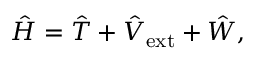
\hat { H } = \hat { T } + \hat { V } _ { \mathrm { e x t } } + \hat { W } ,